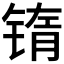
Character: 𰾖